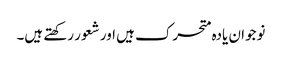
نوجوان یادہ متحرک ہیں اور شعور رکھتے ہیں۔